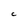
Character: C